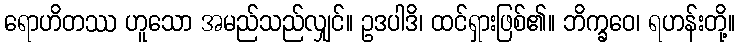
ရောဟိတဿ ဟူသော အမည်သည်လျှင်။ ဥဒပါဒိ၊ ထင်ရှားဖြစ်၏။ ဘိက္ခဝေ၊ ရဟန်းတို့။